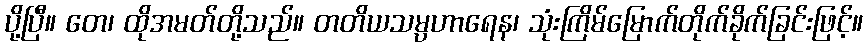
ပို့ပြီ။ တေ၊ ထိုအမတ်တို့သည်။ တတိယသမ္ပဟာရေန၊ သုံးကြိမ်မြောက်တိုက်ခိုက်ခြင်းဖြင့်။